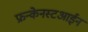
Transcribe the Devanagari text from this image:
फ्रन्केनस्टआईन